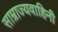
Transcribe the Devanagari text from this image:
साम्राज्यवाहिनी